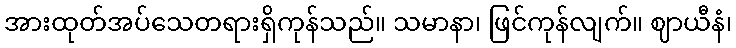
အားထုတ်အပ်သေတရားရှိကုန်သည်။ သမာနာ၊ ဖြင်ကုန်လျက်။ ဈာယီနံ၊